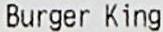
BURGER KING